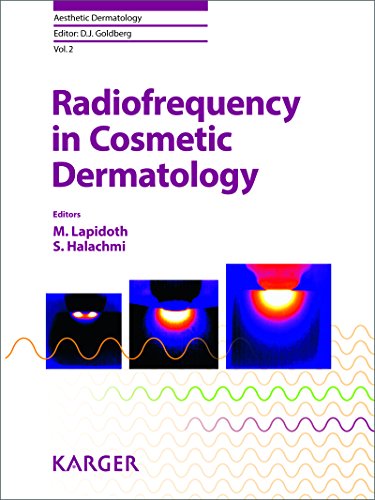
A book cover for Radiofrequency in Cosmetic Dermatology (Aesthetic Dermatology, Vol. 2); Medical Books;